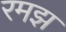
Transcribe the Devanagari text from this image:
रमझ